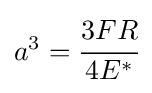
a^{3}={\cfrac {3FR}{4E^{*}}}